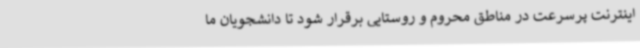
اینترنت پرسرعت در مناطق محروم و روستایی برقرار شود تا دانشجویان ما